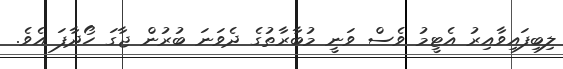
ލިބިފައިވާއިރު އެޓީމު ވެސް ވަނީ މުބާރާތުގެެ ދެވަނަ ބުރުން ޖާގަ ހޯދާފަ އެވެ.